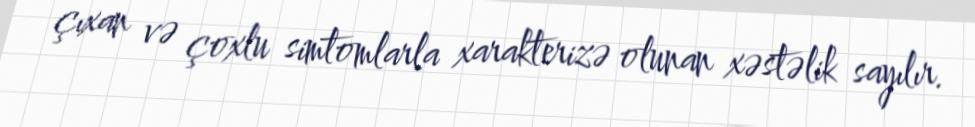
çıxan və çoxlu simtomlarla xarakterizə olunan xəstəlik sayılır.